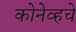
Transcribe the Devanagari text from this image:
कोनेव्हचे